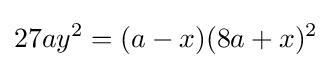
27ay^{2}=(a-x)(8a+x)^{2}